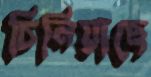
চিনিয়াছে